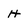
Character: H